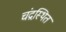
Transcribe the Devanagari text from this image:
चंद्रस्थित